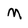
Character: M